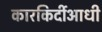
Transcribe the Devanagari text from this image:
कारकिर्दीआधी